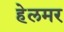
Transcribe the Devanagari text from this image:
हेलमर